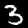
Digit: 3